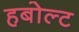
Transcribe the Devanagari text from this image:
हबोल्ट